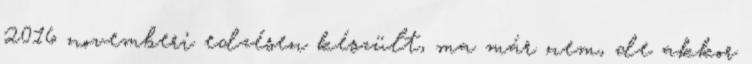
2016 novemberi edzésen készült, ma már nem, de akkor